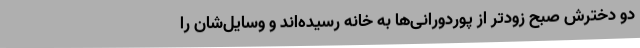
دو دخترش صبح زودتر از پوردورانی‌ها به خانه رسیده‌اند و وسایل‌شان را